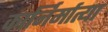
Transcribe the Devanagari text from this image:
कार्निर्मात्या